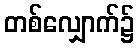
တစ်လျှောက်၌